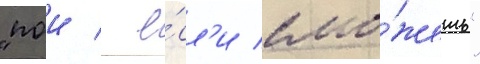
"пои / е́сл'и смо́жешь"